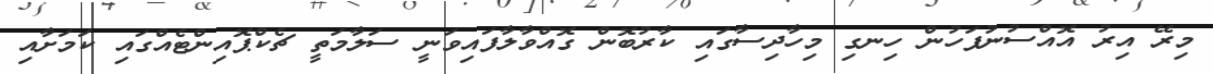
މިރޭ އިރު އޮއްސުނުފަހުން ހިނގި މިހާދިސާގައި ކާރުބޮން ގޮއްވާލާފައިވަނީ ސަލާމަތީ ޗެކްޕޮއިންޓެއްގައި ކަމަށާއި